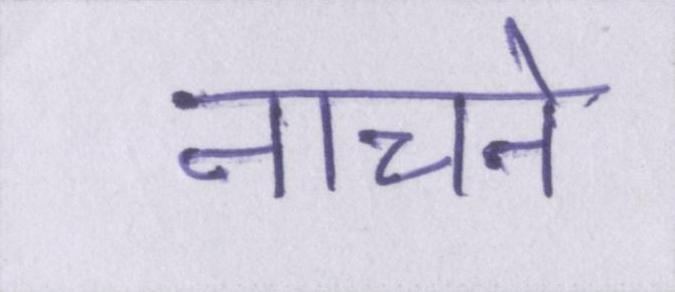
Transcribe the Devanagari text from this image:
नाचने